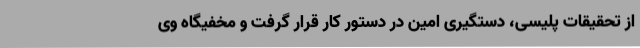
از تحقیقات پلیسی، دستگیری امین در دستور کار قرار گرفت و مخفیگاه وی